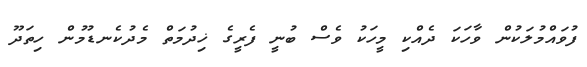
ފުވައްމުލަކުން ވާހަކަ ދެއްކި މީހަކު ވެސް ބުނީ ފެރީގެ ޚިދުމަތް މެދުކެނޑުމުން ހިތަދޫ